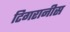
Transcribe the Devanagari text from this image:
टिगरानीस